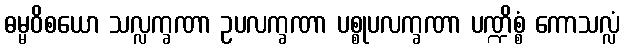
ဓမ္မဝိစယော သလ္လက္ခဏာ ဥပလက္ခဏာ ပစ္စုပလက္ခဏာ ပဏ္ဍိစ္စံ ကောသလ္လံ